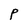
Character: P